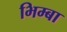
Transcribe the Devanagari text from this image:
भिम्बा